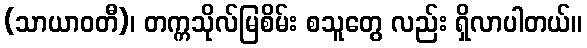
(သာယာဝတီ)၊ တက္ကသိုလ်မြစိမ်း စသူတွေ လည်း ရှိလာပါတယ်။